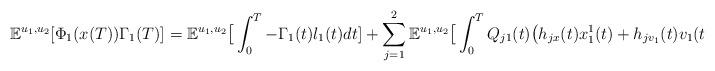
LaTeX: \begin{align*}\begin{aligned}\mathbb{E}&^{u_1,u_2}[\Phi_1(x(T))\Gamma_1(T)]=\mathbb{E}^{u_1,u_2}\big[\int_0^T-\Gamma_1(t)l_1(t)dt]+\sum_{j=1}^2\mathbb{E}^{u_1,u_2}\big[\int_0^TQ_{j1}(t)\big(h_{jx}(t)x_1^1(t)+h_{jv_1}(t)v_1(t)\big)\big]dt.\end{aligned}\end{align*}